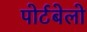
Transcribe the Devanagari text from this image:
पोर्टबेलो